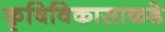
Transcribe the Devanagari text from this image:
कृषिविकासाकडे